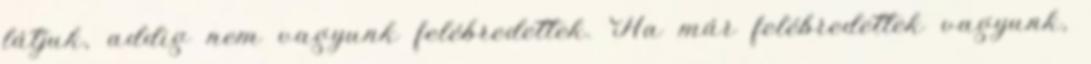
látjuk, addig nem vagyunk felébredettek. Ha már felébredettek vagyunk,